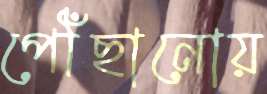
পৌঁছানোয়